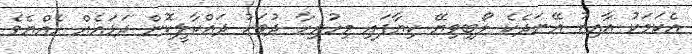
އެކަމަކު އާއިޒު އޭނަދެކެ ލޯބިވިޔޭ ކިޔާފައި މިހުރިހާ ދުވަހު ދައްކާލީކޮން ދަޅައެއް ހެއްޔެވެ